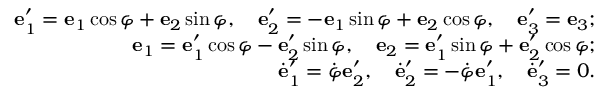
\begin{array} { r } { { \bf e } _ { 1 } ^ { \prime } = { \bf e } _ { 1 } \cos \varphi + { \bf e } _ { 2 } \sin \varphi , \quad { \bf e } _ { 2 } ^ { \prime } = - { \bf e } _ { 1 } \sin \varphi + { \bf e } _ { 2 } \cos \varphi , \quad { \bf e } _ { 3 } ^ { \prime } = { \bf e } _ { 3 } ; } \\ { { \bf e } _ { 1 } = { \bf e } _ { 1 } ^ { \prime } \cos \varphi - { \bf e } _ { 2 } ^ { \prime } \sin \varphi , \quad { \bf e } _ { 2 } = { \bf e } _ { 1 } ^ { \prime } \sin \varphi + { \bf e } _ { 2 } ^ { \prime } \cos \varphi ; } \\ { \dot { \bf e } _ { 1 } ^ { \prime } = \dot { \varphi } { \bf e } _ { 2 } ^ { \prime } , \quad \dot { \bf e } _ { 2 } ^ { \prime } = - \dot { \varphi } { \bf e } _ { 1 } ^ { \prime } , \quad \dot { \bf e } _ { 3 } ^ { \prime } = 0 . } \end{array}